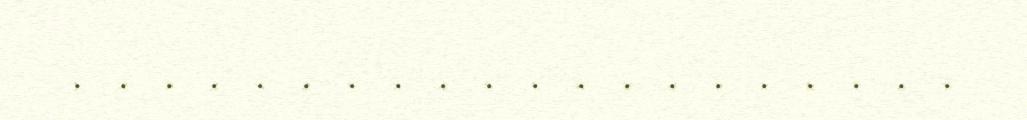
. . . . . . . . . . . . . . . . . . . .